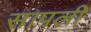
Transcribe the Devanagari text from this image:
सापली